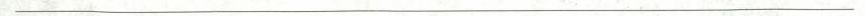
___